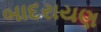
બાદરાયણ